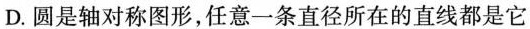
D. 圆是轴对称图形，任意一条直径所在的直线都是它